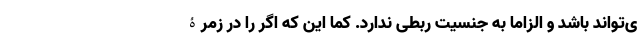
ی‌تواند باشد و الزاما به جنسیت ربطی ندارد. کما این که اگر را در زمرۀ